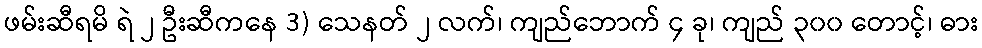
ဖမ်းဆီရမိ ရဲ ၂ ဦးဆီကနေ 3) သေနတ် ၂ လက်၊ ကျည်ဘောက် ၄ ခု၊ ကျည် ၃၀၀ တောင့်၊ ဓား